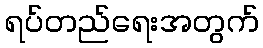
ရပ်တည်ရေးအတွက်